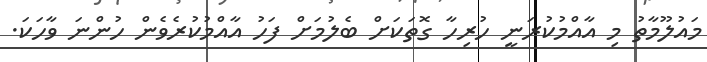
މައުލޫމާތު މި އާއްމުކުރަނީ ހުރިހާ ގޮތަކަށް ބެލުމަށް ފަހު އާއްމުކުރެވެން ހުންނަ ވާހަކަ.